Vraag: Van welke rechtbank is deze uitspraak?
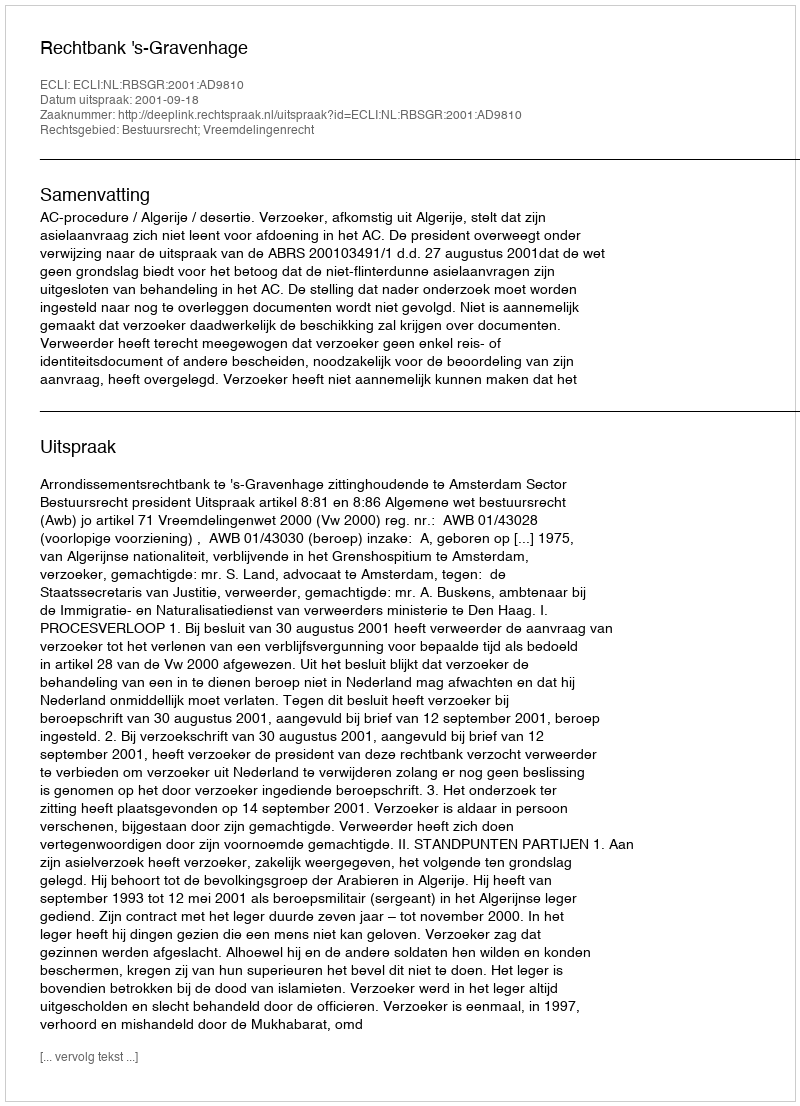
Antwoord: Rechtbank 's-Gravenhage